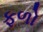
ફળો